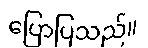
ပြောပြသည်။